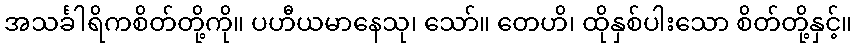
အသင်္ခါရိကစိတ်တို့ကို။ ပဟီယမာနေသု၊ သော်။ တေဟိ၊ ထိုနှစ်ပါးသော စိတ်တို့နှင့်။